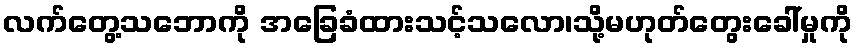
လက်တွေ့သဘောကို အခြေခံထားသင့်သလော၊သို့မဟုတ်တွေးခေါ်မှုကို